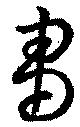
芻